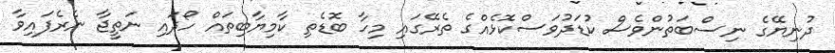
ދުނިޔޭގެ ނިސްބަތުންވެސް ކުޑަދުވަސްކޮޅެއްގެ ތެރޭގައި މިހާ ބޮޑެތި ކާމިޔާބިތައް ހޯދައި ނަތީޖާ ނެރެފައިވާ